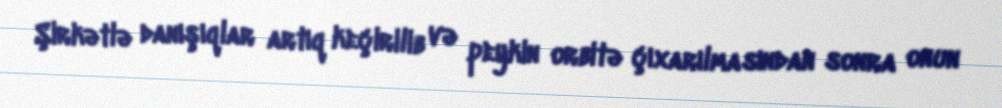
Şirkətlə danışıqlar artıq keçirilib və peykin orbitə çıxarılmasından sonra onun